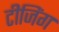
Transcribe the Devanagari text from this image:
टीजिंग